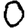
Digit: 0